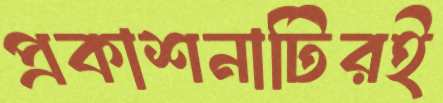
প্রকাশনাটিরই